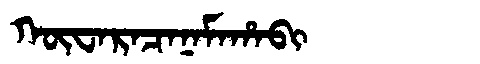
Manchu: ᡴᡡᠸᠠᡵᠠᠴᠠᠨᠠᠮᠠᡥᠠᠪᡳ
Romanization: KŪWARACANAMAHABI